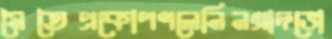
মৈতৈপ্রকোপণলেনিনগ্রাদভো